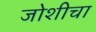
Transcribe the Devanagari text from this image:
जोशीचा